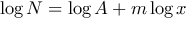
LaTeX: \log N = \log A + m \log x